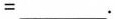
=___.